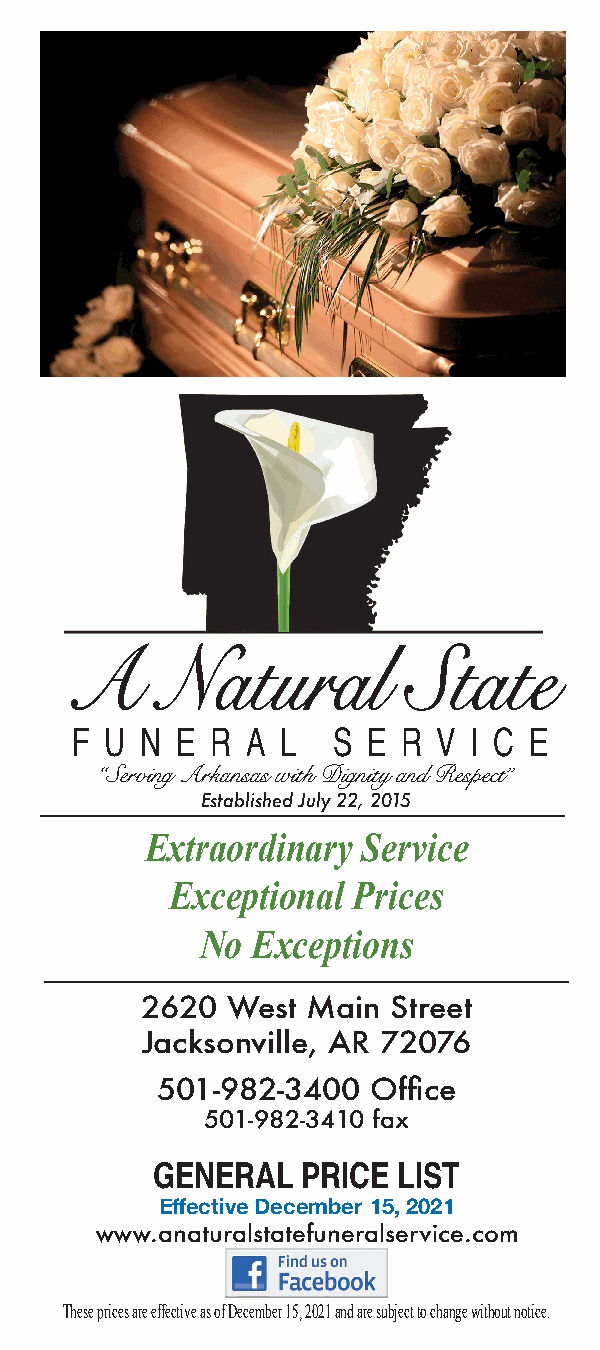
AA     NNaattuurraall  SSttaattee
 F U N  E R A  L  S E  R V I C E
 “Serving Arkansas with Dignity and Respect”
 Established July 22, 2015
 Extraordinary Service
 Exceptional Prices
 No  Exceptions
 2620  West Main  Street
 Jacksonville, AR 72076
 501-982-3400   Office
 501-982-3410 fax
 GENERAL   PRICE LIST
 Effective December 15, 2021
 www.anaturalstatefuneralservice.com
 These prices are effective as of December 15, 2021 and are subject to change without notice.